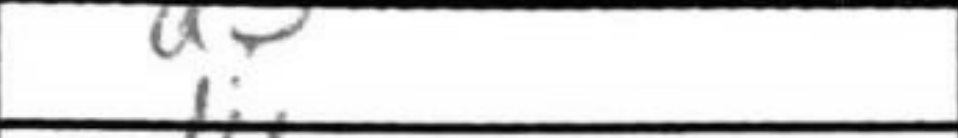
Transcription: a3